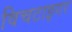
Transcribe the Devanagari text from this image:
विचटाइगर